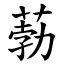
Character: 葧